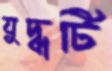
যুদ্ধটি